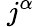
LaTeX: ~j^{\alpha}